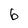
Character: 6